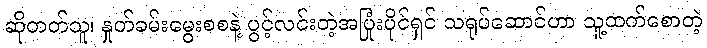
ဆိုတတ်သူ၊ နှုတ်ခမ်းမွေးစစနဲ့ ပွင့်လင်းတဲ့အပြုံးပိုင်ရှင် သရုပ်ဆောင်ဟာ သူ့ထက်စောတဲ့